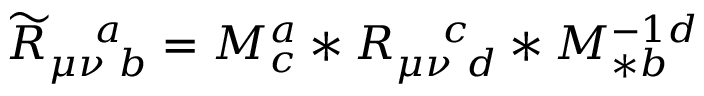
\widetilde { R } _ { \mu \nu \, \, b } ^ { \quad a } = M _ { c } ^ { a } \ast R _ { \mu \nu \, \, d } ^ { \quad c } \ast M _ { \ast b } ^ { - 1 d }